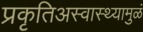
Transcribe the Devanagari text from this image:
प्रकृतिअस्वास्थ्यामुळं